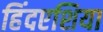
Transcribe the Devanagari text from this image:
हिंदएशिया